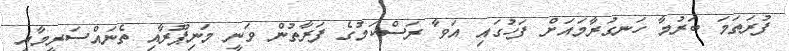
ފުރަތަމަ ބަރުމާ ހަނގުރާމައަށް ފަހުގައި އަވާ ރަސްކަމުގެ ފަރާތުން ވަނީ މަނިޕޫރާއި ތެނައްސަރީމާއި